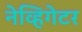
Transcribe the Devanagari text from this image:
नेव्हिगेटर